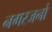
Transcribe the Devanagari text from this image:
नगरजनो